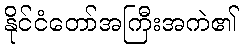
နိုင်ငံတော်အကြီးအကဲ၏